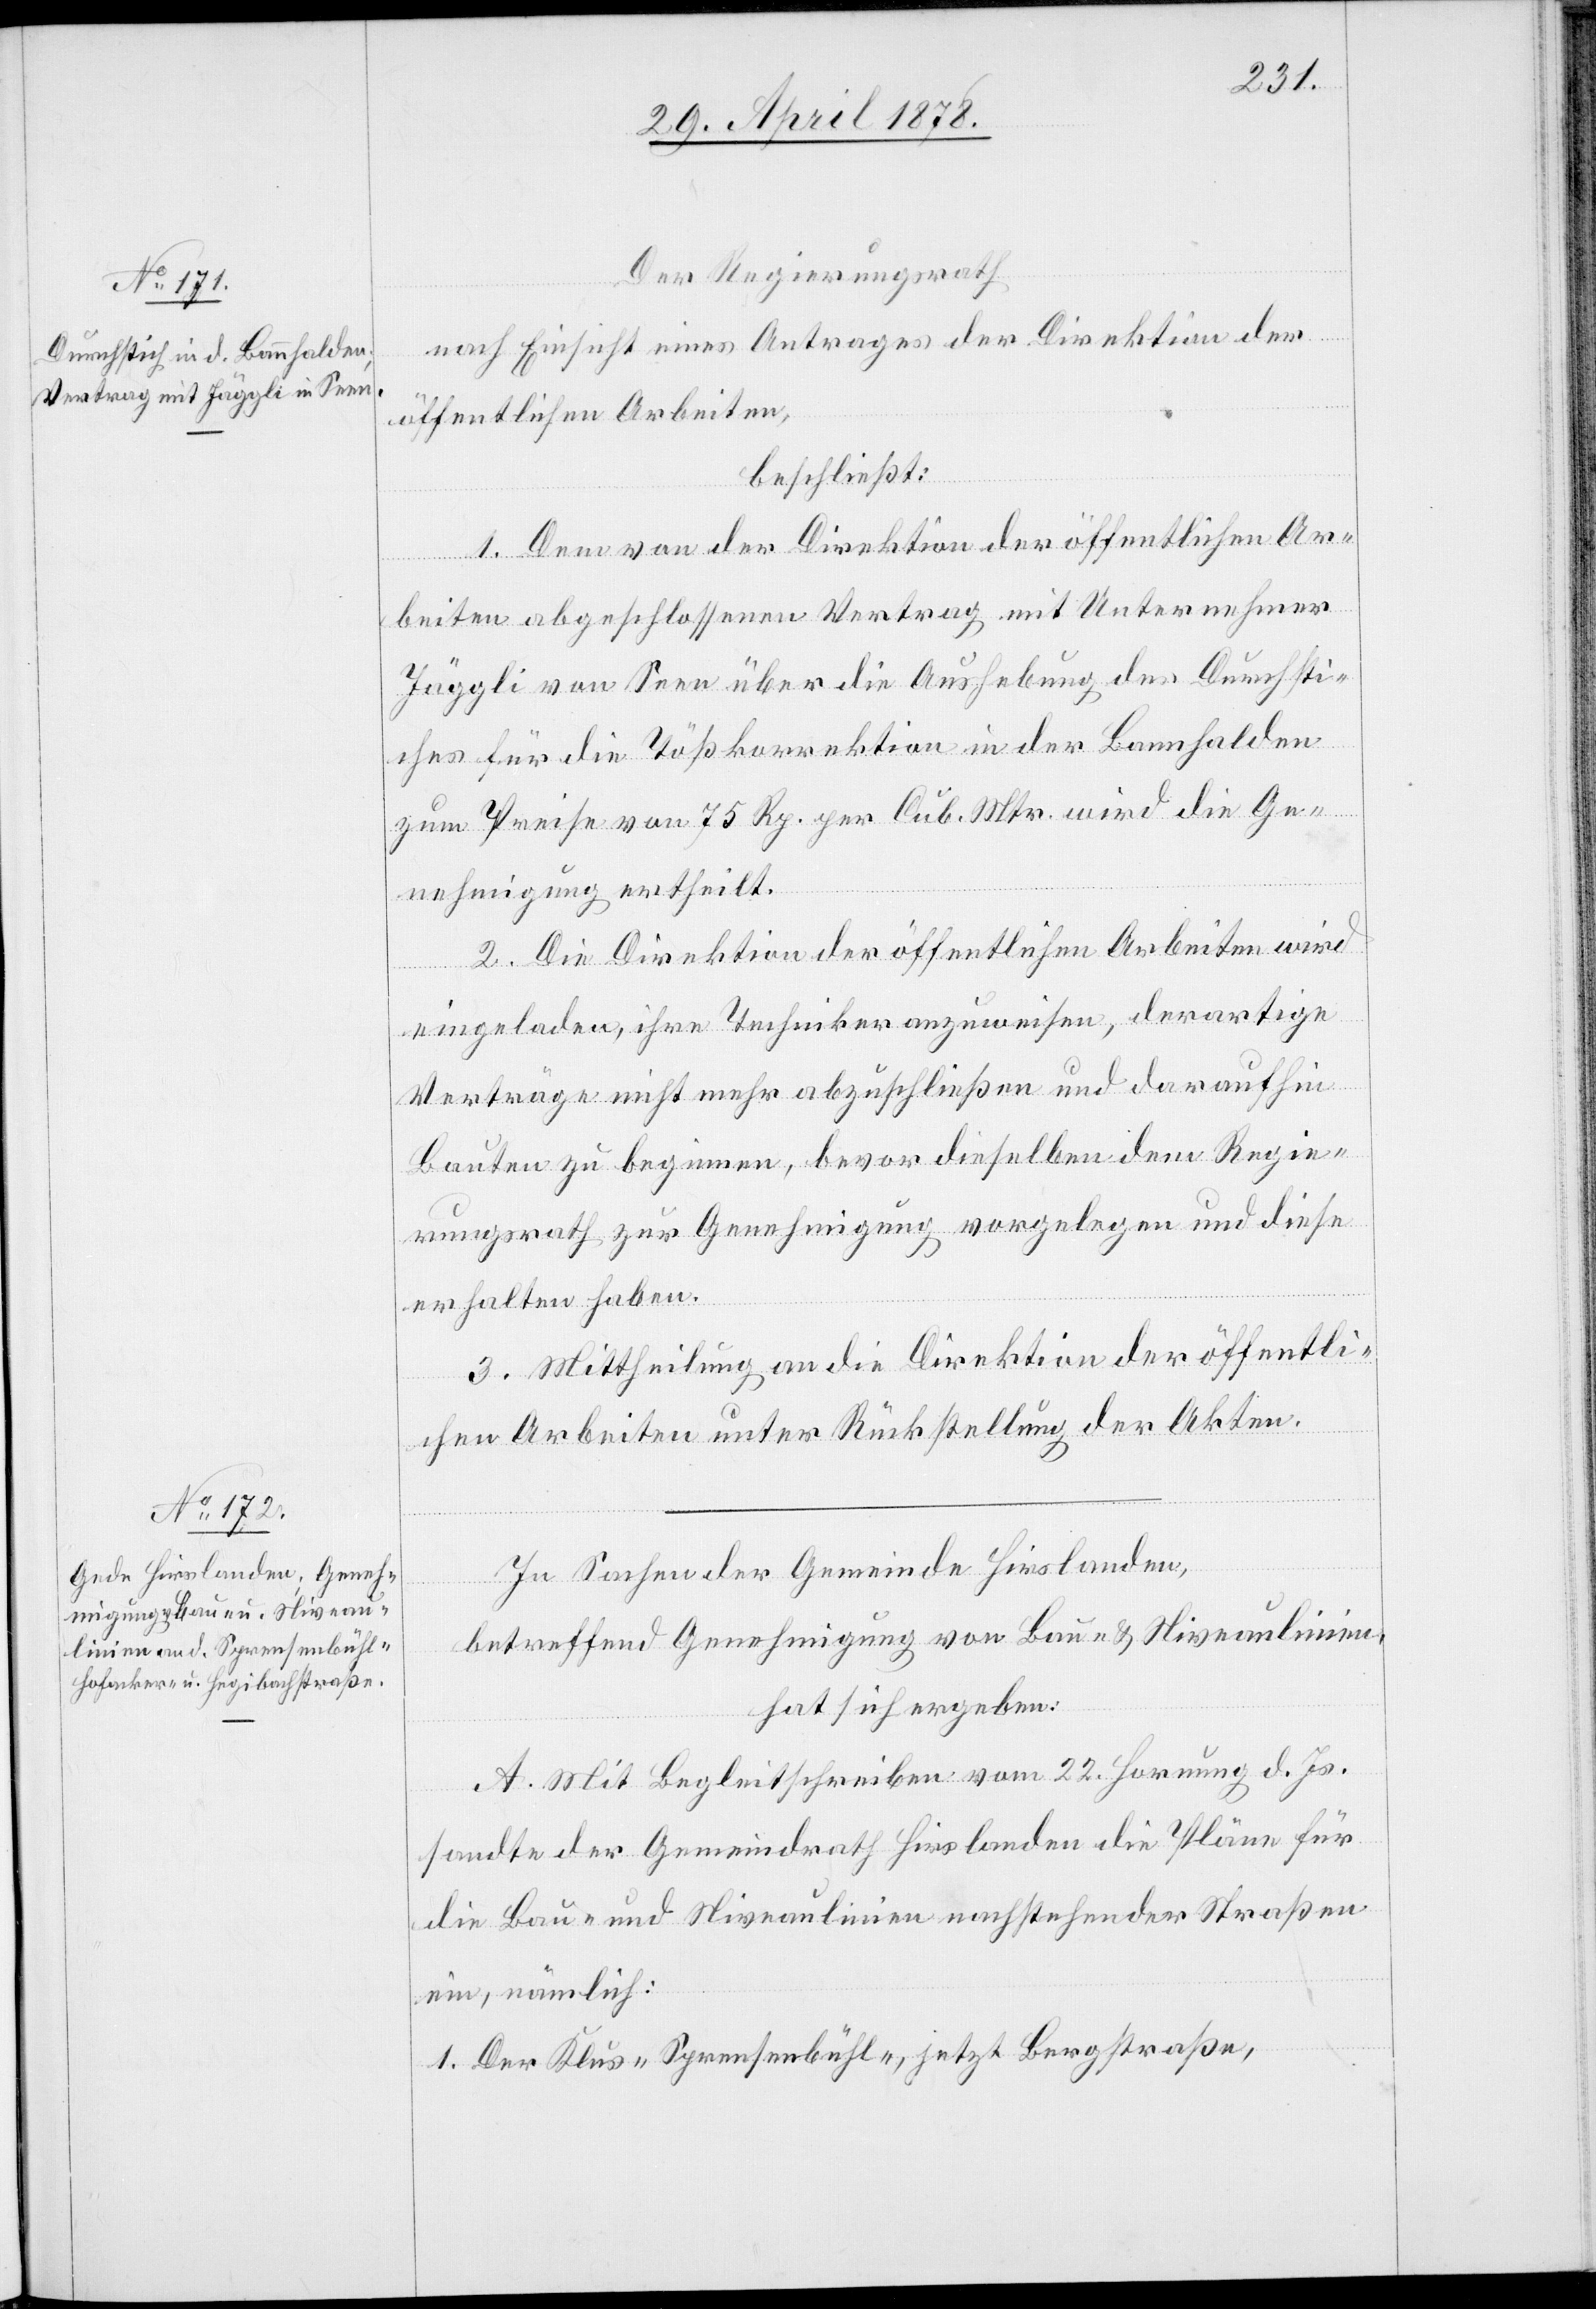
Der Regierungsrath
nach Einsicht eines Antrages der Direktion der
öffentlichen Arbeiten,
beschließt:
1. Dem von der Direktion der öffentlichen Ar¬
beiten abgeschlossenen Vertrag mit Unternehmer
Jäggli von Seen über die Aufhebung des Durchsti¬
ches für die Tößkorrektion in der Bannhalden
zum Preise von 75 Rp. per Cub. Mtr. wird die Ge¬
nehmigung ertheilt.
2. Die Direktion der öffentlichen Arbeiten wird
eingeladen, ihre Techniker anzuweisen, derartige
Verträge nicht mehr abzuschließen und daraufhin
Bauten zu beginnen, bevor dieselben dem Regie¬
rungsrath zur Genehmigung vorgelegen und diese
erhalten haben.
3. Mittheilung an die Direktion der öffentli¬
chen Arbeiten unter Rückstellung der Akten.
In Sachen der Gemeinde Hirslanden,
betreffend Genehmigung von Bau- & Niveaulinien,
hat sich ergeben:
A. Mit Begleitschreiben vom 22. Hornung d. Js.
sandte der Gemeindrath Hirslanden die Pläne für
die Bau- und Niveaulinien nachstehender Straßen
ein, nämlich:
1. Der Klus-Sprensenbühl-, jetzt Bergstraße,